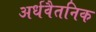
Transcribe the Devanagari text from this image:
अर्धवैतनिक